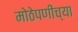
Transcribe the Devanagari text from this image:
मोठेपणीच्या